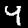
Label: 4